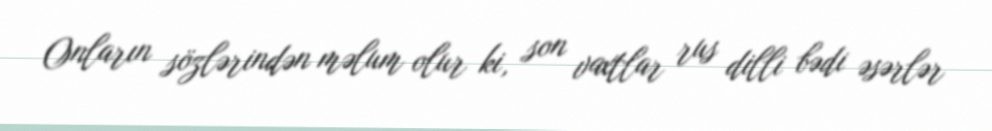
Onların sözlərindən məlum olur ki, son vaxtlar rus dilli bədi əsərlər